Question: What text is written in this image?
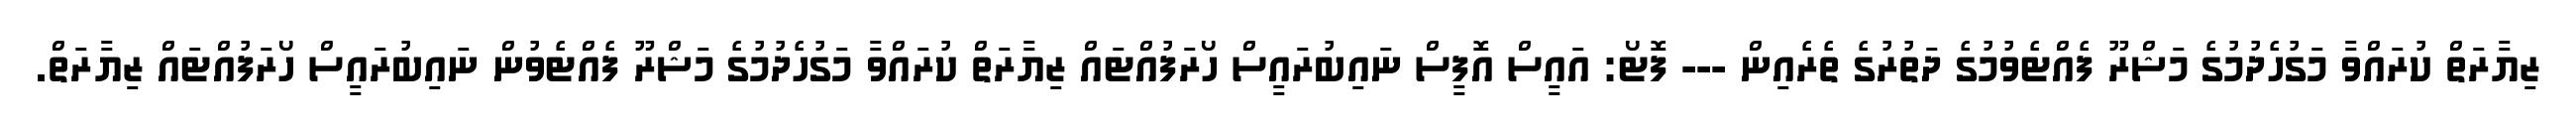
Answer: ޒިޔާރަތް ކުރައްވާ މަގުހެދުމުގެ މަޝްރޫ ފެއްޓެވުމުގެ ދަތުރުގެ ތެރެއިން --- ފޮޓޯ: އައީސް އޮފީސް ނައިބުރައީސް ހޯރަފުއްޓައް ޒިޔާރަތް ކުރައްވާ މަގުހެދުމުގެ މަޝްރޫ ފެއްޓެވުން ނައިބުރައީސް ހޯރަފުއްޓައް ޒިޔާރަތް.